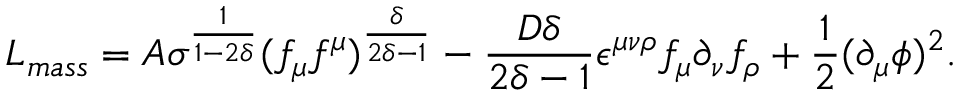
L _ { m a s s } = A \sigma ^ { \frac { 1 } { 1 - 2 \delta } } ( f _ { \mu } f ^ { \mu } ) ^ { \frac { \delta } { 2 \delta - 1 } } - \frac { D \delta } { 2 \delta - 1 } \epsilon ^ { \mu \nu \rho } f _ { \mu } \partial _ { \nu } f _ { \rho } + \frac { 1 } { 2 } ( \partial _ { \mu } \phi ) ^ { 2 } .